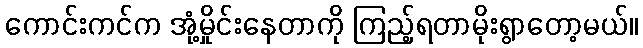
ကောင်းကင်က အုံ့မှိုင်းနေတာကို ကြည့်ရတာမိုးရွာတော့မယ်။